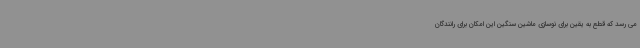
می رسد که قطع به یقین برای نوسازی ماشین سنگین این امکان برای رانندگان